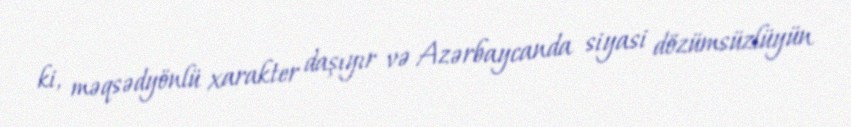
ki, məqsədyönlü xarakter daşıyır və Azərbaycanda siyasi dözümsüzlüyün